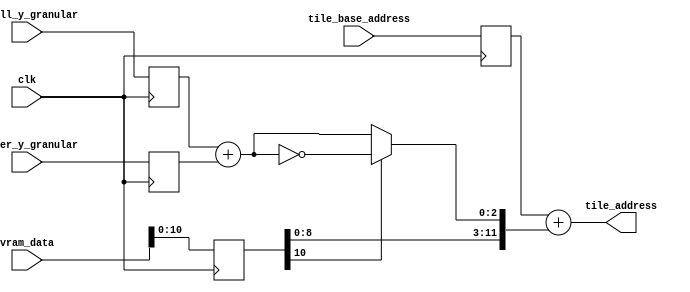
// This program was cloned from: https://github.com/dan-rodrigues/icestation-32
// License: MIT License

// vdp_tile_address_generator.v
//
// Copyright (C) 2020 Dan Rodrigues <danrr.gh.oss@gmail.com>
//
// SPDX-License-Identifier: MIT

`default_nettype none

module vdp_tile_address_generator(
    input clk,

    input [2:0] scroll_y_granular,
    input [2:0] raster_y_granular,
    input [15:0] vram_data,
    input [13:0] tile_base_address,

    output [13:0] tile_address
);
    reg [2:0] scroll_y_granular_h;
    reg [2:0] raster_y_granular_h;
    reg [15:0] map_data_h;
    reg [13:0] tile_base_address_h;

    always @(posedge clk) begin
        scroll_y_granular_h <= scroll_y_granular;
        raster_y_granular_h <= raster_y_granular;
        map_data_h <= vram_data;
        tile_base_address_h <= tile_base_address;
    end

    wire is_yflipped = map_data_h[10];
    wire [2:0] tile_row = scroll_y_granular_h + raster_y_granular_h;
    wire [2:0] resolved_tile_row = is_yflipped ? ~tile_row : tile_row;
    wire [8:0] tile_number = map_data_h[8:0];

    assign tile_address = tile_base_address_h + {tile_number, resolved_tile_row};

endmodule